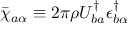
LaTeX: \bar { \chi } _ { a \alpha } \equiv 2 \pi \rho U _ { b a } ^ { \dagger } \epsilon _ { b \alpha } ^ { \dagger }